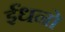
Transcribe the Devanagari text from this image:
ईंधनो